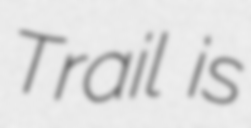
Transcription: Trail is